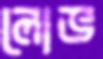
লোভ